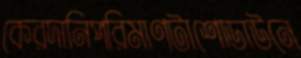
কেরদানিপরিমাণটাশোডাউনে